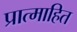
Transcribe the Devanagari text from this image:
प्रात्माहित